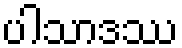
ပါသာဒဿ